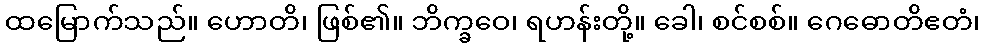
ထမြောက်သည်။ ဟောတိ၊ ဖြစ်၏။ ဘိက္ခဝေ၊ ရဟန်းတို့။ ခေါ၊ စင်စစ်။ ဂေဓောတိဧတံ၊